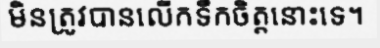
មិនត្រូវបានលើកទឹកចិត្តនោះទេ។